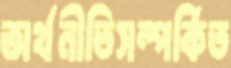
অর্থনীতিসম্পর্কিত